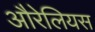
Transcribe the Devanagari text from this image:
औरेलियस